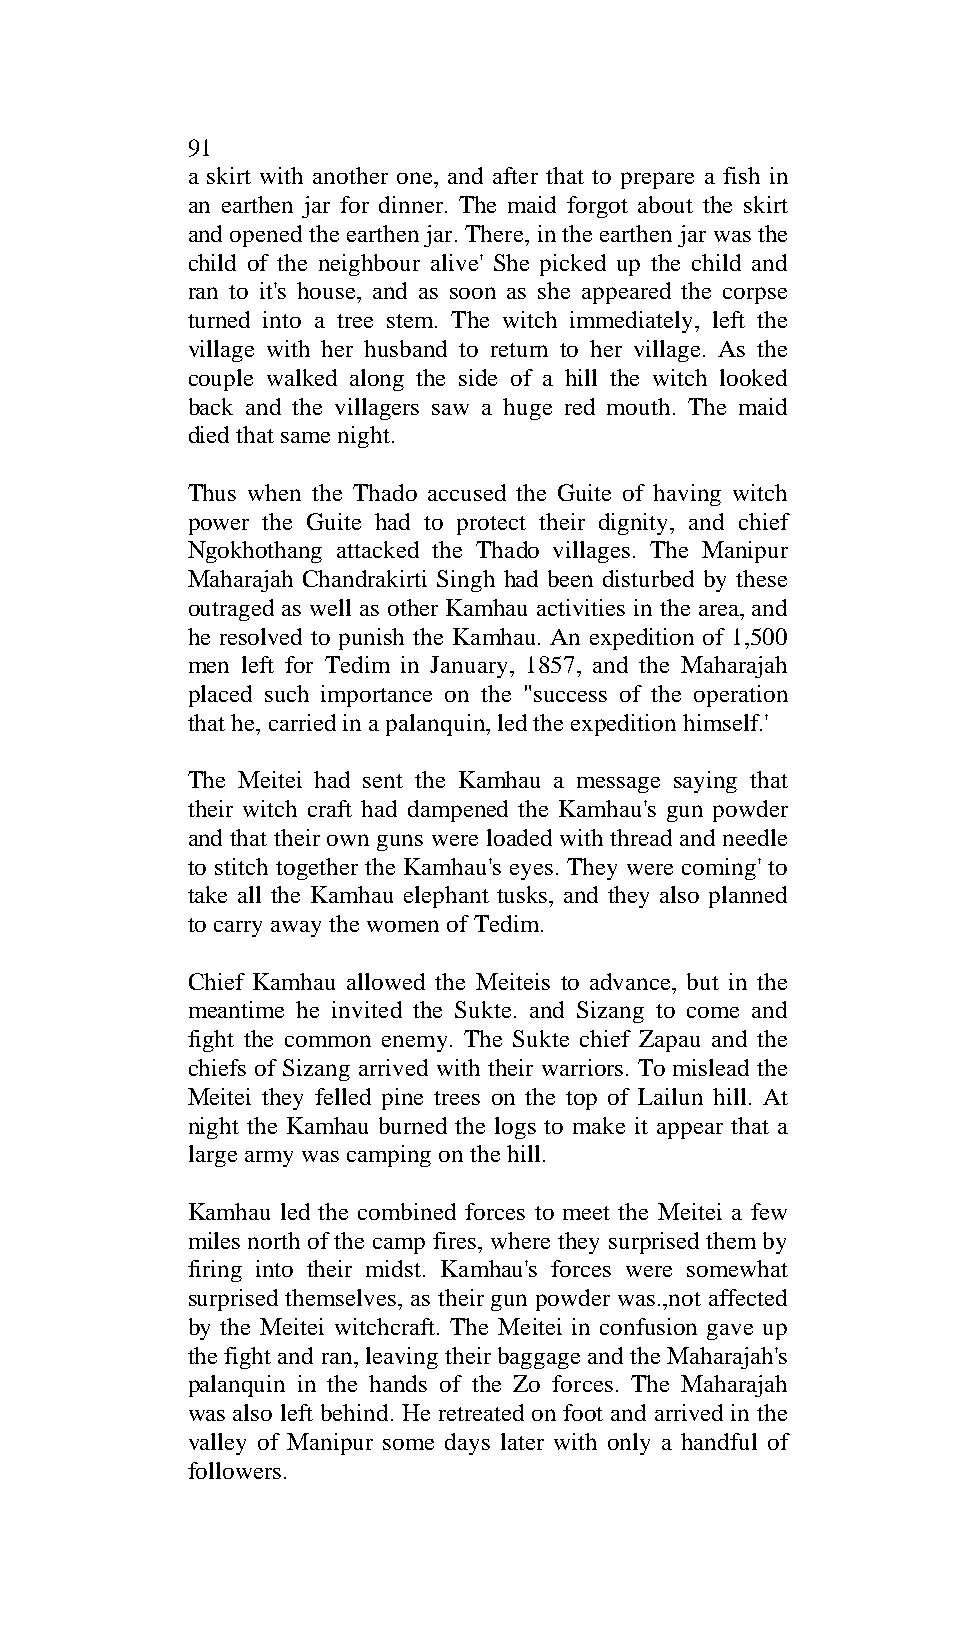
91
 a skirt with another one, and after that to prepare a fish in
 an earthen jar for dinner. The maid forgot about the skirt
 and opened the earthen jar. There, in the earthen jar was the
 child of the neighbour alive' She picked up the child and
 ran to it's house, and as soon as she appeared the corpse
 turned into a tree stem. The witch immediately, left the
 village with her husband to return to her village. As the
 couple walked along the side of a hill the witch looked
 back and the villagers saw a huge red mouth. The maid
 died that same night.
 Thus when the Thado accused the Guite of having witch
 power the Guite had to protect their dignity, and chief
 Ngokhothang attacked the Thado villages. The Manipur
 Maharajah Chandrakirti Singh had been disturbed by these
 outraged as well as other Kamhau activities in the area, and
 he resolved to punish the Kamhau. An expedition of 1,500
 men left for Tedim in January, 1857, and the Maharajah
 placed such importance on the "success of the operation
 that he, carried in a palanquin, led the expedition himself.'
 The Meitei had sent the Kamhau a message saying that
 their witch craft had dampened the Kamhau's gun powder
 and that their own guns were loaded with thread and needle
 to stitch together the Kamhau's eyes. They were coming' to
 take all the Kamhau elephant tusks, and they also planned
 to carry away the women of Tedim.
 Chief Kamhau allowed the Meiteis to advance, but in the
 meantime he invited the Sukte. and Sizang to come and
 fight the common enemy. The Sukte chief Zapau and the
 chiefs of Sizang arrived with their warriors. To mislead the
 Meitei they felled pine trees on the top of Lailun hill. At
 night the Kamhau burned the logs to make it appear that a
 large army was camping on the hill.
 Kamhau led the combined forces to meet the Meitei a few
 miles north of the camp fires, where they surprised them by
 firing into their midst. Kamhau's forces were somewhat
 surprised themselves, as their gun powder was.,not affected
 by the Meitei witchcraft. The Meitei in confusion gave up
 the fight and ran, leaving their baggage and the Maharajah's
 palanquin in the hands of the Zo forces. The Maharajah
 was also left behind. He retreated on foot and arrived in the
 valley of Manipur some days later with only a handful of
 followers.